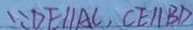
\because D E / / A C , C E / / B D